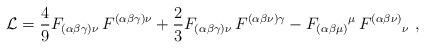
LaTeX: \begin{align*}\mathcal{L}=\frac{4}{9}F_{(\alpha \beta \gamma )\nu }\,F^{(\alpha \beta\gamma )\nu }+\frac{2}{3}F_{(\alpha \beta \gamma )\nu }\,F^{(\alpha \beta\nu )\gamma }-F_{(\alpha \beta \mu )}{}^{\mu }\,F^{(\alpha \beta \nu)}{}_{\nu }\ , \end{align*}